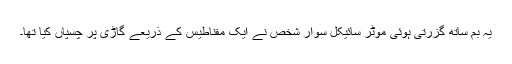
یہ بم ساتھ گزرتی ہوئی موٹر سائیکل سوار شخص نے ایک مقناطیس کے ذریعے گاڑی پر چسپاں کیا تھا۔